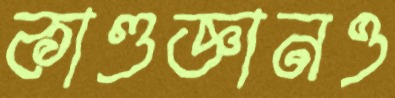
কাণ্ডজ্ঞানও